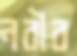
নবীব